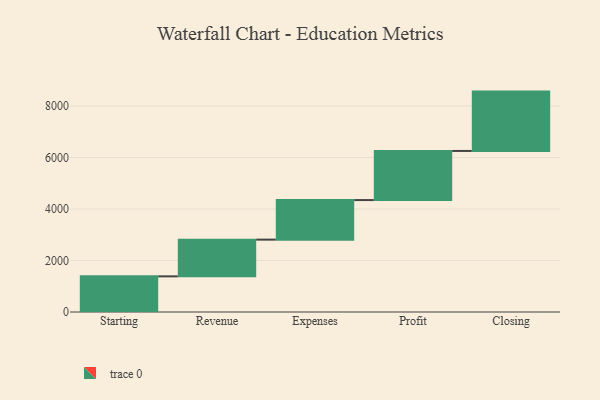
{"axis": {"x": "Step", "y": "Value"}, "legend": [""], "data": [{"x": "Starting", "y": 1384.0, "type": ""}, {"x": "Revenue", "y": 1426.0, "type": ""}, {"x": "Expenses", "y": 1536.0, "type": ""}, {"x": "Profit", "y": 1907.0, "type": ""}, {"x": "Closing", "y": 2305.0, "type": ""}]}